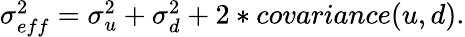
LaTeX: \begin{array}{r}{{\sigma_{eff}^{2}=\sigma_{u}^{2}+\sigma_{d}^{2}+2*covariance(u,d).}}\end{array}